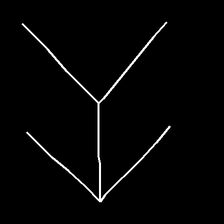
Glyph: gather